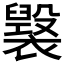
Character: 𧝷